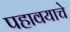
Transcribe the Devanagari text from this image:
पहावयाचे